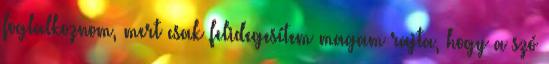
foglalkoznom, mert csak felidegesítem magam rajta, hogy a szó